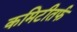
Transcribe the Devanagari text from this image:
कमिटीतर्फ